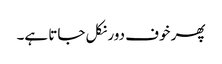
پھر خوف دور نکل جاتا ہے۔